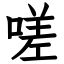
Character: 嗟